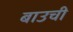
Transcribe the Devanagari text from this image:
बाउची